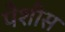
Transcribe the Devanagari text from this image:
पेशीस